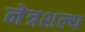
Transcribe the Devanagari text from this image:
नेत्रशल्य